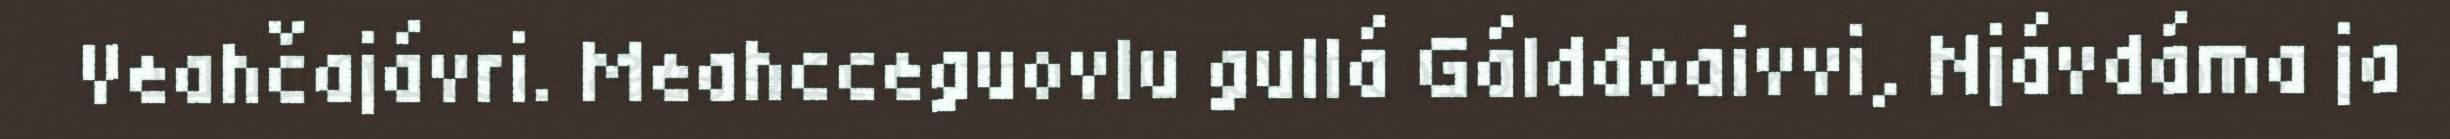
Veahčajávri. Meahcceguovlu gullá Gálddoaivvi, Njávdáma ja